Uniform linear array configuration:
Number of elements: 24
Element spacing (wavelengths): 0.5
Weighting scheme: kaiser
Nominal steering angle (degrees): -60
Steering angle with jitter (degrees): -59.73
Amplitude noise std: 0.05
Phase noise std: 0.05

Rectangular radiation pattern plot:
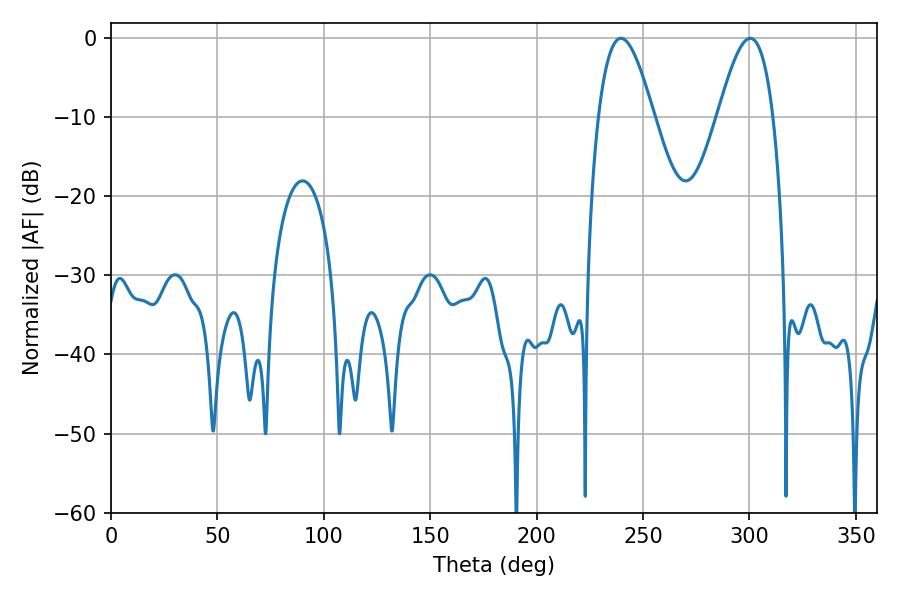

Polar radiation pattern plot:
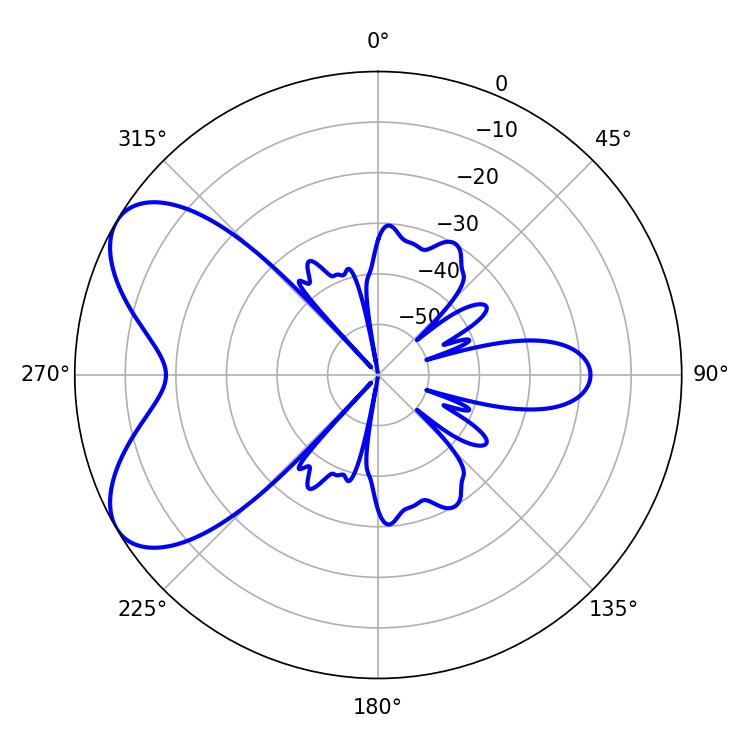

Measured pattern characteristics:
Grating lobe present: FALSE
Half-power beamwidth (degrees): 14.04
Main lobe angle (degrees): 239.58